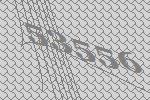
53556